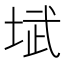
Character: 𪣥